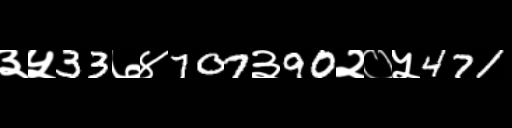
Text: ३५33७४707३90२०५471